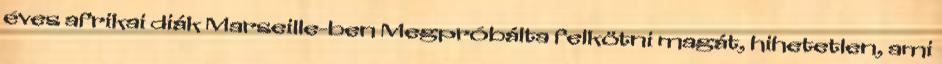
éves afrikai diák Marseille-ben Megpróbálta felkötni magát, hihetetlen, ami